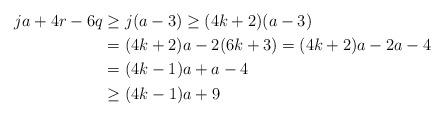
LaTeX: \begin{align*}j a + 4 r - 6 q & \geq j (a-3) \geq (4k+2) (a-3) \\& = (4k+2) a - 2 (6k+3) = (4 k +2) a - 2 a - 4\\& = (4k-1) a + a - 4\\& \geq (4k-1) a + 9\end{align*}